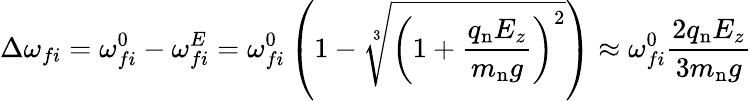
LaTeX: \Delta\omega_{fi}=\omega_{fi}^{0}-\omega_{fi}^{E}=\omega_{fi}^{0}\left(1-\sqrt[3]{\left(1+\frac{q_{\mathrm{n}}E_{z}}{m_{\mathrm{n}}g}\right)^{2}}\right)\approx\omega_{fi}^{0}\frac{2q_{\mathrm{n}}E_{z}}{3m_{\mathrm{n}}g}